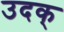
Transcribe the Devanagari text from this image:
उदक्